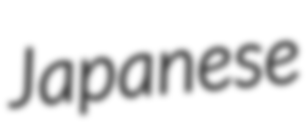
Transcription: Japanese